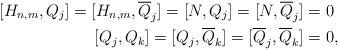
LaTeX: \begin{align*} [H_{n,m},Q_{j}]=[H_{n,m},\overline{Q}_{j}]=[N,Q_{j}]=[N,\overline{Q}_{j}]&= 0 \\ [Q_{j}, {Q}_{k}]=[Q_{j}, \overline{Q}_{k}]=[\overline{Q}_{j}, \overline{Q}_{k}]&=0,\end{align*}